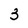
Character: 3